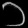
Digit: ၁